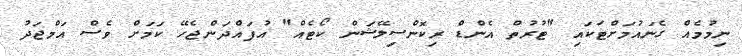
ނިމުމެއް ގެނައުމަށްޓަކައި "ޓުރުތް އެންޑް ރިކޮންސިލޭޝަން ކޯޓެއް" އުފައްދަންޖެހޭ ކަމަށް ވެސް އަމްޖަދު